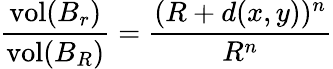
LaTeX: {\frac{\operatorname{vol}(B_{r})}{\operatorname{vol}(B_{R})}}={\frac{(R+d(x,y))^{n}}{R^{n}}}